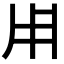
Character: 𤰃